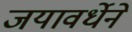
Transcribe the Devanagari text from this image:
जयावर्धेने